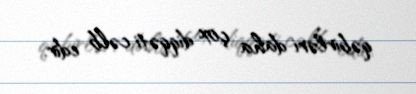
qəbirləri daha çox diqqəti cəlb edir.